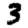
Digit: 3